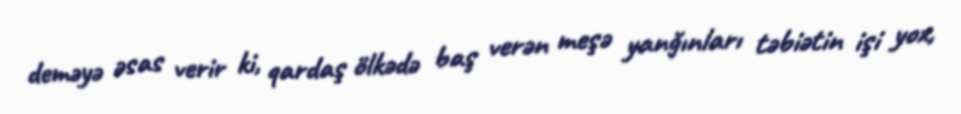
deməyə əsas verir ki, qardaş ölkədə baş verən meşə yanğınları təbiətin işi yox,